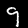
Digit: 9